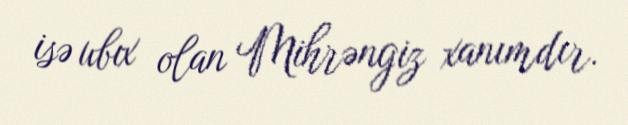
isə ubıx olan Mihrəngiz xanımdır.